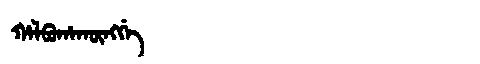
Manchu: ᡥᠠᠯᠪᡠᡥᠠᡴᡡᠩᡤᡝ
Romanization: HALBUHAKŪNGGE